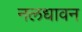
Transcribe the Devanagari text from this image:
नलधावन